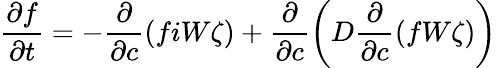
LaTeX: \frac{\partial f}{\partial t}=-\frac{\partial}{\partial c}\left(fiW\zeta\right)+\frac{\partial}{\partial c}\left(D\frac{\partial}{\partial c}\left(fW\zeta\right)\right)